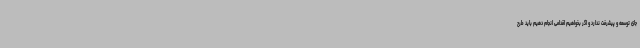
جای توسعه و پیشرفت ندارد و اگر بخواهیم اقدامی انجام دهیم باید طرح